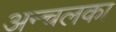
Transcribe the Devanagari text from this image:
अन्चलका